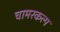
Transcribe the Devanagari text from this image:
चामरकल्प